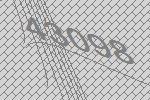
43098